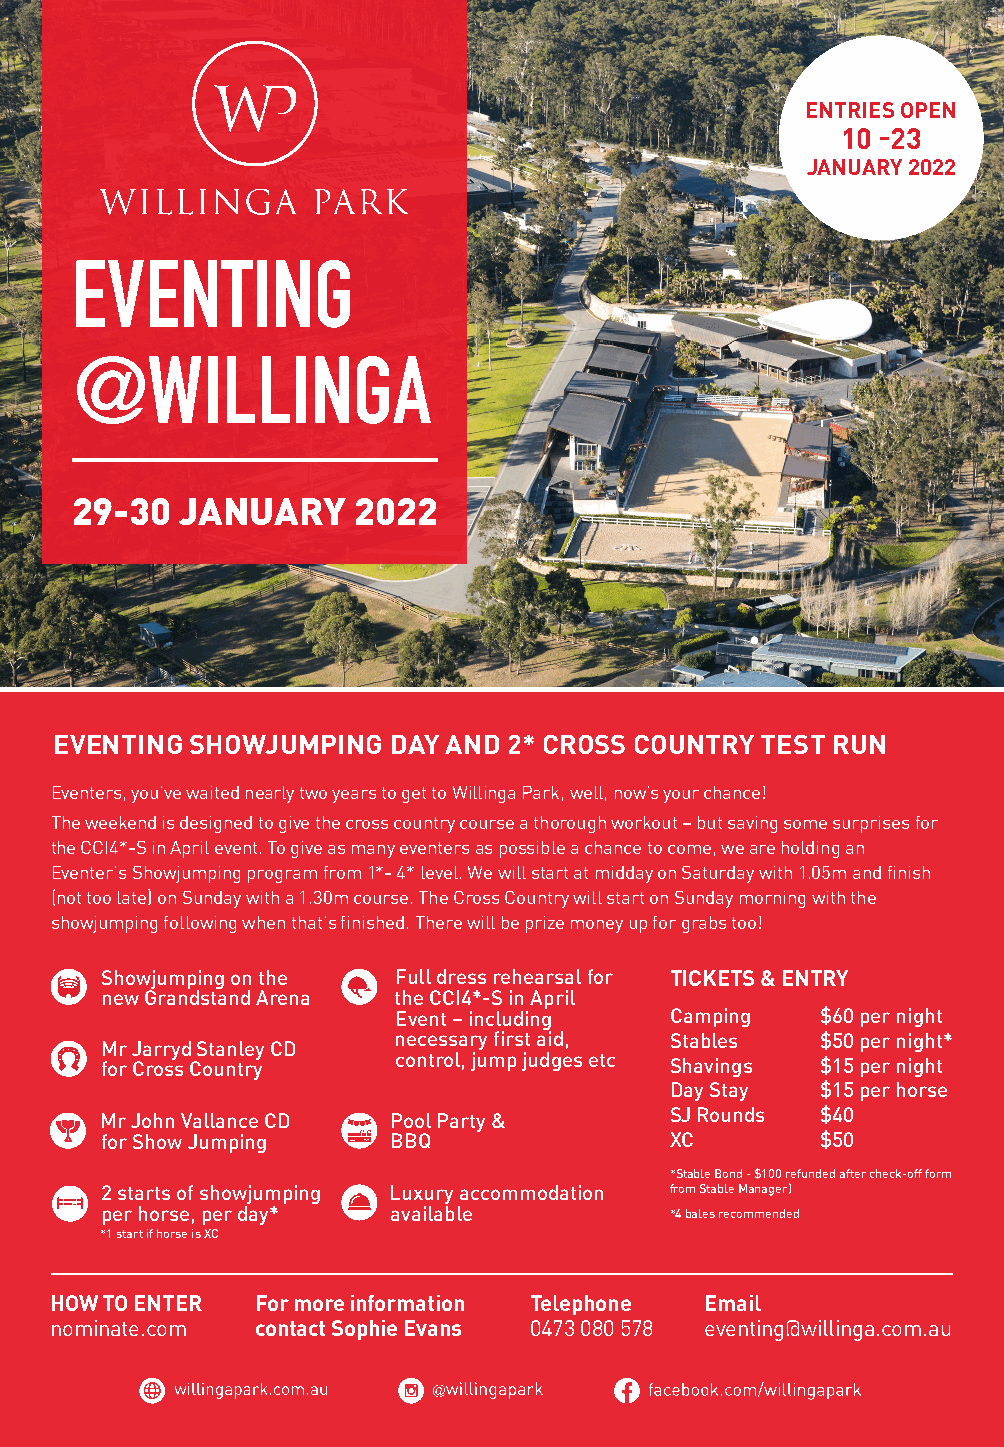
ENTRIES OPEN
 10 -23
 JANUARY 2022
 EVENTING
 @WILLINGA
 29-30  JANUARY    2022
 EVENTING SHOWJUMPING  DAY AND 2* CROSS COUNTRY TEST RUN
 Eventers, you’ve waited nearly two years to get to Willinga Park, well, now’s your chance!
 The weekend is designed to give the cross country course a thorough workout – but saving some surprises for
 the CCI4*-S in April event. To give as many eventers as possible a chance to come, we are holding an
 Eventer’s Showjumping program from 1*- 4* level. We will start at midday on Saturday with 1.05m and finish
 (not too late) on Sunday with a 1.30m course. The Cross Country will start on Sunday morning with the
 showjumping following when that’s finished. There will be prize money up for grabs too!
 Showjumping on the Full dress rehearsal for TICKETS & ENTRY
 new Grandstand Arena the CCI4*-S in April
 Event – including Camping   $60 per night
 necessary first aid, Stables $50 per night*
 Mr Jarryd Stanley CD
 for Cross Country  control, jump judges etc Shavings $15 per night
 Day Stay  $15 per horse
 Mr John Vallance CD Pool Party &     SJ Rounds $40
 for Show Jumping   BBQ               XC        $50
 *Stable Bond - $100 refunded after check-off form
 2 starts of showjumping Luxury accommodation from Stable Manager)
 per horse, per day* available        *4 bales recommended
 *1 start if horse is XC
 HOW TO ENTER  For more information Telephone Email
 nominate.com  contact Sophie Evans 0473 080 578 eventing@willinga.com.au